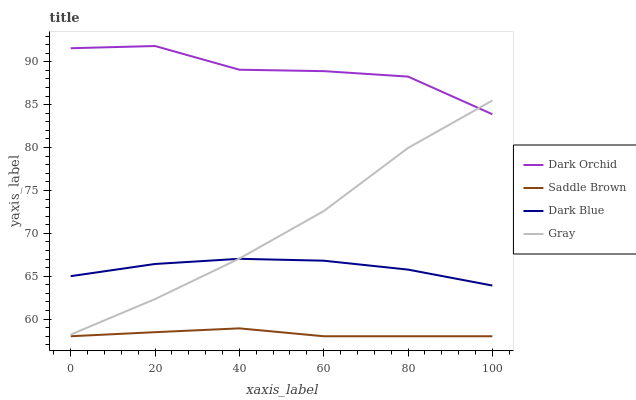
| xaxis_label | Dark Orchid | Saddle Brown | Dark Blue | Gray |
 | --- | --- | --- | --- | --- |
 | 0 | 91.6 | 58 | 65 | 58.2 |
 | 20 | 91.8 | 58.5 | 66.4 | 62.3 |
 | 40 | 89.1 | 58.9 | 67 | 67.1 |
 | 60 | 88.9 | 58 | 66.8 | 72.6 |
 | 80 | 88.3 | 58 | 65.8 | 80 |
 | 100 | 83.9 | 58 | 63.9 | 85.5 |